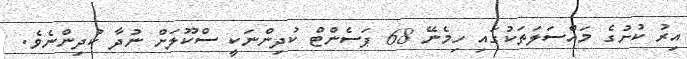
އިރު ކުށުގެ މައްސަލަތަކުގައި ހިމެނޭ 68 ޕަސެންޓް ކުދިންނަކީ ސްކޫލަށް ނުދާ ކުދިންނެވެ.